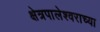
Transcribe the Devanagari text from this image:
क्षेत्रपालेश्वराच्या